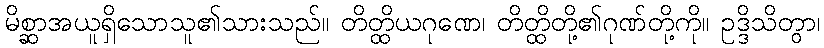
မိစ္ဆာအယူရှိသောသူ၏သားသည်။ တိတ္ထိယဂုဏေ၊ တိတ္ထိတို့၏ဂုဏ်တို့ကို။ ဥဒ္ဒိသိတွာ၊